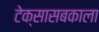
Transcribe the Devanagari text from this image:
टेक्सासबकाला